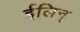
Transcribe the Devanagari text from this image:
ईलिन्